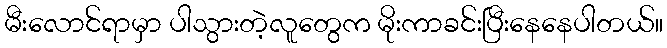
မီးလောင်ရာမှာ ပါသွားတဲ့လူတွေက မိုးကာခင်းပြီးနေနေပါတယ်။